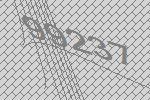
99237